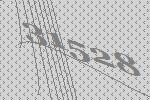
31528